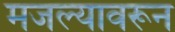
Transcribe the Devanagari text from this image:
मजल्यावरून